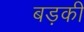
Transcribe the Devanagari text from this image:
बड़की